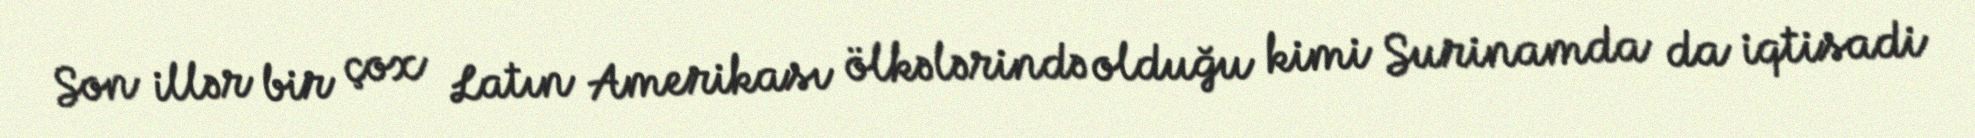
Son illər bir çox Latın Amerikası ölkələrində olduğu kimi Surinamda da iqtisadi